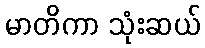
မာတိကာ သုံးဆယ်